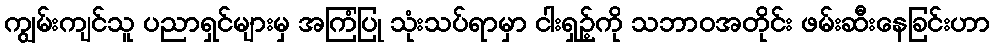
ကျွမ်းကျင်သူ ပညာရှင်များမှ အကြံပြု သုံးသပ်ရာမှာ ငါးရှဉ့်ကို သဘာဝအတိုင်း ဖမ်းဆီးနေခြင်းဟာ